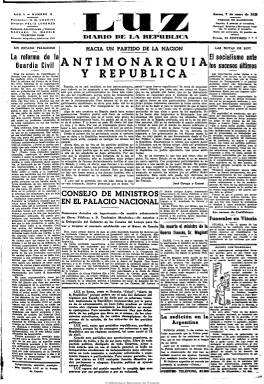
Título: Luz (Madrid. 1932)
Colección: Periódicos
Ámbito geográfico: Madrid
Lugar de publicación: Madrid
Fechas: 07/01/1932-07/09/1934

Aparece en sustitución del diario Crisol (1931-1932), fundado por el empresario Nicolás María de Urgoiti (1869-1951) y el grupo de periodistas que se había separado de El sol (1917-1939). Lo dirigirá Félix Lorenzo (1879-1933), que había dirigido también las cabeceras antecesoras, y será vespertino como el diario que sustituye. Se subtitulará “diario de la República” (no aparecerá los domingos) y su gran artífice intelectual, José Ortega y Gasset, iniciará su colaboración con el artículo titulado “Antimonarquía y república”. En su presentación, el periódico señala que “quiere ser el más fiel defensor del régimen que España se ha dado por su soberana voluntad” y afirma su independencia “libre de todo partido político”.

Será un diario de información general, con 16 páginas, en el que acompañarán a Ortega otras plumas tan prestigiosas como Azorín, Salvador de Madariaga, Américo Castro, Miguel de Unamuno, Benjamín Jarnés, Ángel Ossorio y Gallardo, Guillermo de Torre o Carlos Soldevilla, así como Luis Bello Castro y Andrés García de la Barga y Gómez de la Serna –‘Corpus Barga’. Su principal viñetista será Luis Bagaría, que también había trabajado para El sol y Crisol. Félix Lorenzo continuará asimismo publicando en la tercera página, dedicada a los principales artículos, su sección diaria “Charlas al sol”, bajo el seudónimo de Heliófilo.

Iniciará cada edición con un editorial en las columnas de entrada de la primera página y junto a las noticias de información de política general, tanto nacional como internacional, tendrá secciones diarias dedicadas a la cultura (literatura, arte, teatro, espectáculos, cartelera, etc.), a la economía y finanzas y a los deportes, dedicando sus páginas centrales a contenidos con mayor profusión fotográfica y de viñetas y reportajes.

Nacido bajo el amparo de los hombres de la Agrupación al Servicio de la República, como el ya citado Ortega y como Gregorio Marañón y Ramón Pérez de Ayala, en septiembre del mismo año de su nacimiento, con la compra mayoritaria de las acciones de la Editorial Fulmen por parte del copropietario del diario Ahora (1930), Luis Miquel, el hijo del fundador, José de Nicolás Urgoiti es sustituido en la gerencia por Martín Luis Guzmán, y Montiel será sustituido en la dirección por Luis Bello, quien le dará una línea prosocialista.

Ante la necesidad de que a Manuel Azaña le asistiera un grupo de prensa propio, en marzo de 1933, Guzmán integrará a Luz en el trust azañista, junto a El sol y La voz. Desaparece entonces la profesionalidad del vespertino al recaer su dirección en el que había sido su fundador y presidente del consejo de administración, Nicolás María Urgoiti, y como subdirector, el propio Guzmán.

A pesar de que Luz fue un periódico de gran calidad y que llegó a alcanzar importantes tiradas, los pésimos resultados económicos confluyeron con los intereses políticos hasta que en junio de 1934, sus pérdidas lo llevaron hasta la subasta pública, cayendo al final en manos de Manuel Aznar y Miguel Maura, siendo sustituido Guzmán en la dirección por Corpus Barga. El periódico terminará por desaparecer en septiembre, y sus periodistas, tras editar una edición en enero de 1935, pasarán a fundar una nueva cabecera: Diario de Madrid.

---

Esta colección incluye 19 ejemplares de diciembre de 1933 correspondientes a una segunda edición diaria.